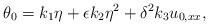
LaTeX: \begin{align*} \theta_{0} = k_{1}\eta + \epsilon k_{2}\eta^{2} + \delta^{2}k_{3}u_{0,xx},\end{align*}